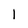
Character: l